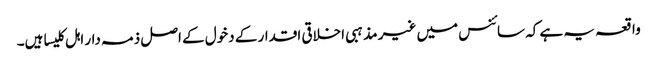
واقعہ یہ ہے کہ سائنس میں غیر مذہبی اخلاقی اقدار کے دخول کے اصل ذمہ دار اہل کلیسا ہیں۔